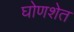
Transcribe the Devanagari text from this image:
घोणशेत